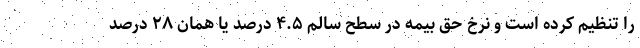
را تنظیم کرده است و نرخ حق بیمه در سطح سالم ۴.۵ درصد یا همان ۲۸ درصد